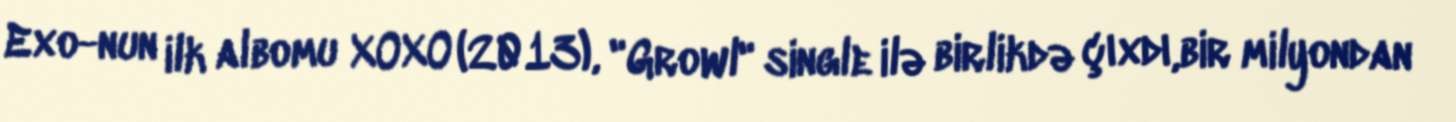
Exo-nun ilk albomu XOXO (2013), "Growl" single ilə birlikdə çıxdı,bir milyondan